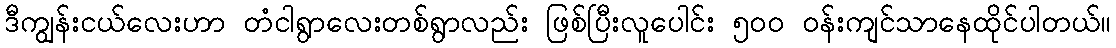
ဒီကျွန်းငယ်လေးဟာ တံငါရွာလေးတစ်ရွာလည်း ဖြစ်ပြီးလူပေါင်း ၅၀၀ ဝန်းကျင်သာနေထိုင်ပါတယ်။